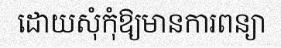
ដោយសុំកុំឱ្យមានការពន្យា